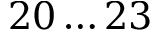
2 0 \ldots 2 3